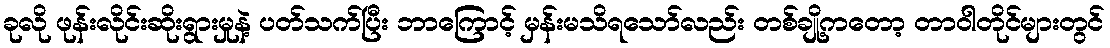
ခုလို ဖုန်းလိုင်းဆိုးရွားမှုနဲ့ ပတ်သက်ပြီး ဘာကြောင့် မှန်းမသိရသော်လည်း တစ်ချို့ကတော့ တာဝါတိုင်များတွင်